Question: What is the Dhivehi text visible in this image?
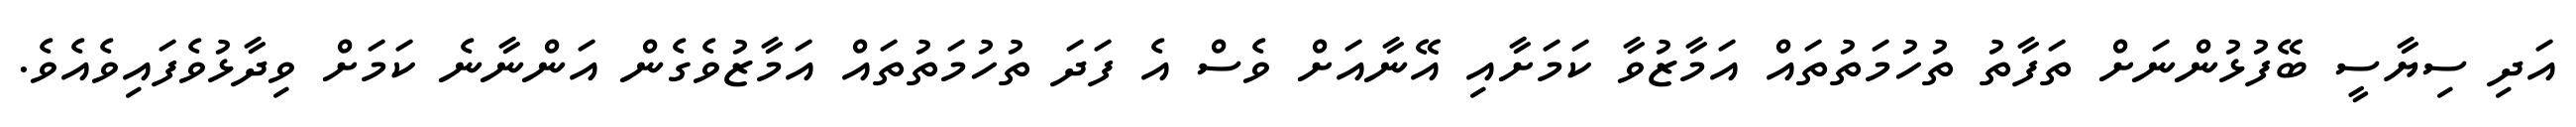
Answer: އަދި ސިޔާސީ ބޭފުޅުންނަށް ތަފާތު ތުހުމަތުތައް އަމާޒުވާ ކަމަށާއި އޭނާއަށް ވެސް އެ ފަދަ ތުހުމަތުތައް އަމާޒުވެގެން އަންނާނެ ކަމަށް ވިދާޅުވެފައިވެއެވެ.